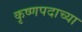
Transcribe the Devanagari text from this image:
कृष्णपदाच्या